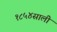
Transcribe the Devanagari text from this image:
१८५४साली